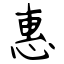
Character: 惠